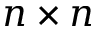
n \times n